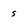
Character: s